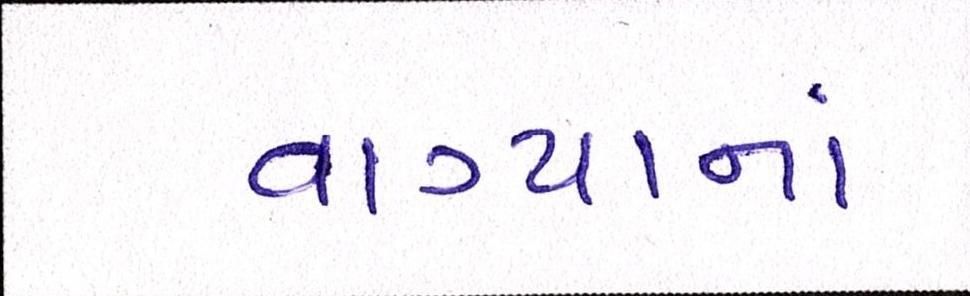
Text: વાગ્યાનાં